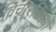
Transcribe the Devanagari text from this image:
विचारविषयों